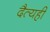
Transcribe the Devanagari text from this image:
दैत्यही